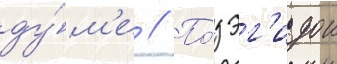
ду́м'е // По́д эг'идои